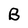
Character: B